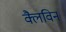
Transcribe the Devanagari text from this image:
क्लैविन